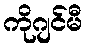
ကိုဂျင်မီ